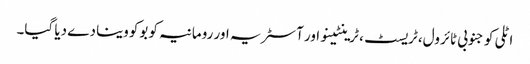
اٹلی کو جنوبی ٹائرول، ٹریسٹ، ٹرینٹینو اور آسٹریہ اور رومانیہ کو بوکووینا دے دیا گیا۔